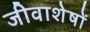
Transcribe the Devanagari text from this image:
जीवाशेषों